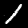
Label: 1